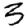
Digit: 3